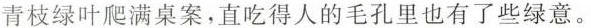
青枝绿叶爬满桌案，直吃得人的毛孔里也有了些绿意。